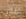
اقارب